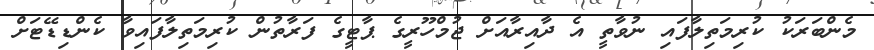
މެންބަރަކު ކުރިމަތިލާފައި ނުވާތީ އެ ދާއިރާއަށް ޖުމްހޫރީގެ ޕާޓީގެ ފަރާތުން ކުރިމަތިލާފައިވާ ކެންޑިޑޭޓަށް